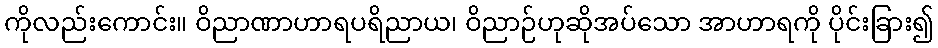
ကိုလည်းကောင်း။ ဝိညာဏာဟာရပရိညာယ၊ ဝိညာဉ်ဟုဆိုအပ်သော အာဟာရကို ပိုင်းခြား၍